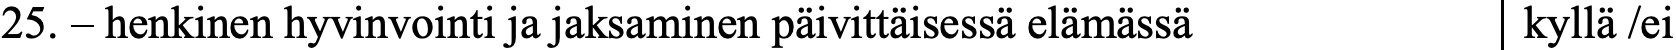
25. – henkinen hyvinvointi ja jaksaminen päivittäisessä elämässä kyllä /ei